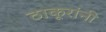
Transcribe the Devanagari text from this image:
ठाकूरांनी